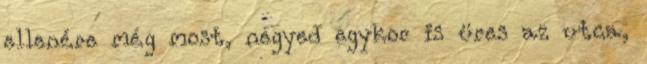
ellenére még most, negyed egykor is üres az utca,